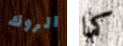
الروك كما